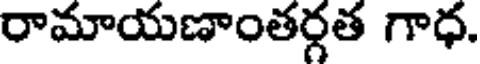
రామాయణాంతర్గత గాధ.